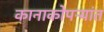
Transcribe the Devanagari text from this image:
कानाकोपऱ्यांत